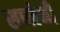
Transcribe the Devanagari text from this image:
सालेनी